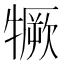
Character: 𤛦